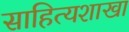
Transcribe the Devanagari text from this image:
साहित्यशाखा